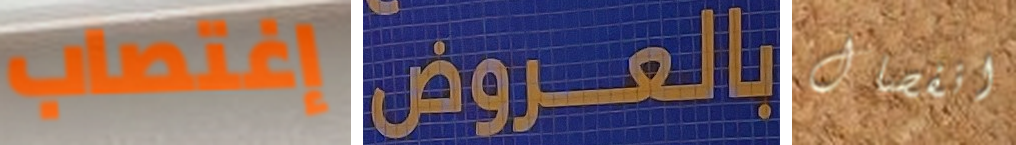
إغتصاب بالعروض انفصال